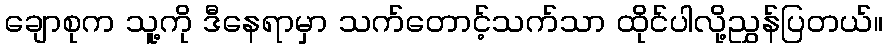
ချောစုက သူ့ကို ဒီနေရာမှာ သက်တောင့်သက်သာ ထိုင်ပါလို့ညွှန်ပြတယ်။